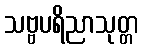
သဗ္ဗပရိညာသုတ္တ